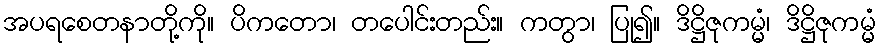
အပရစေတနာတို့ကို။ ပိကတော၊ တပေါင်းတည်း။ ကတွာ၊ ပြု၍။ ဒိဋ္ဌိဇုကမ္မံ၊ ဒိဋ္ဌိဇုကမ္မံ